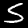
Digit: 5